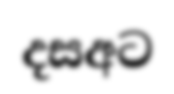
දසඅට